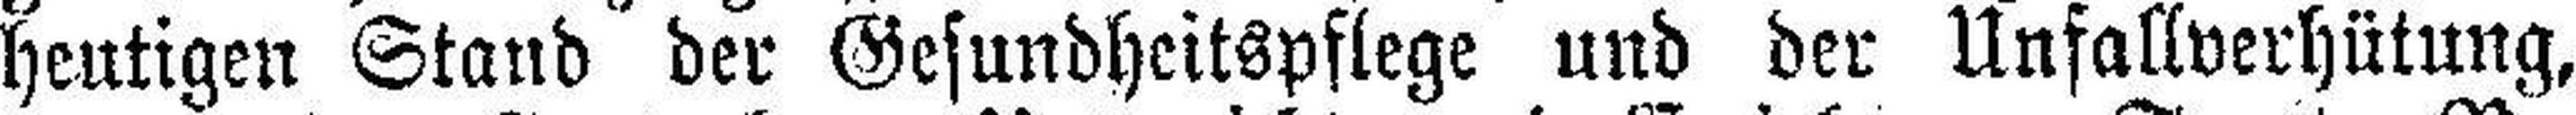
heutigen Stand der Gesundheitspflege und der Unfallverhütung,